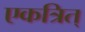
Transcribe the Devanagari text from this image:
एकत्रित्